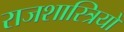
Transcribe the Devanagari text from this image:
राजशास्त्रियों